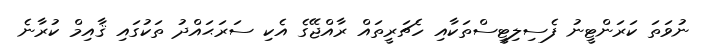
ނުވަތަ ކަރަންޓީނު ފެސިލިޓީސްތަކާއި ހެޗަރީތައް ރާއްޖޭގެ އެކި ސަރަޙައްދު ތަކުގައި ޤާއިމް ކުރާނެ